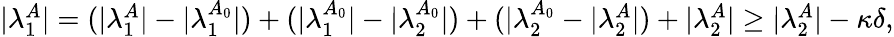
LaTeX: \begin{array}{r}{|\lambda_{1}^{A}|=(|\lambda_{1}^{A}|-|\lambda_{1}^{A_{0}}|)+(|\lambda_{1}^{A_{0}}|-|\lambda_{2}^{A_{0}}|)+(|\lambda_{2}^{A_{0}}-|\lambda_{2}^{A}|)+|\lambda_{2}^{A}|\ge|\lambda_{2}^{A}|-\kappa\delta,}\end{array}